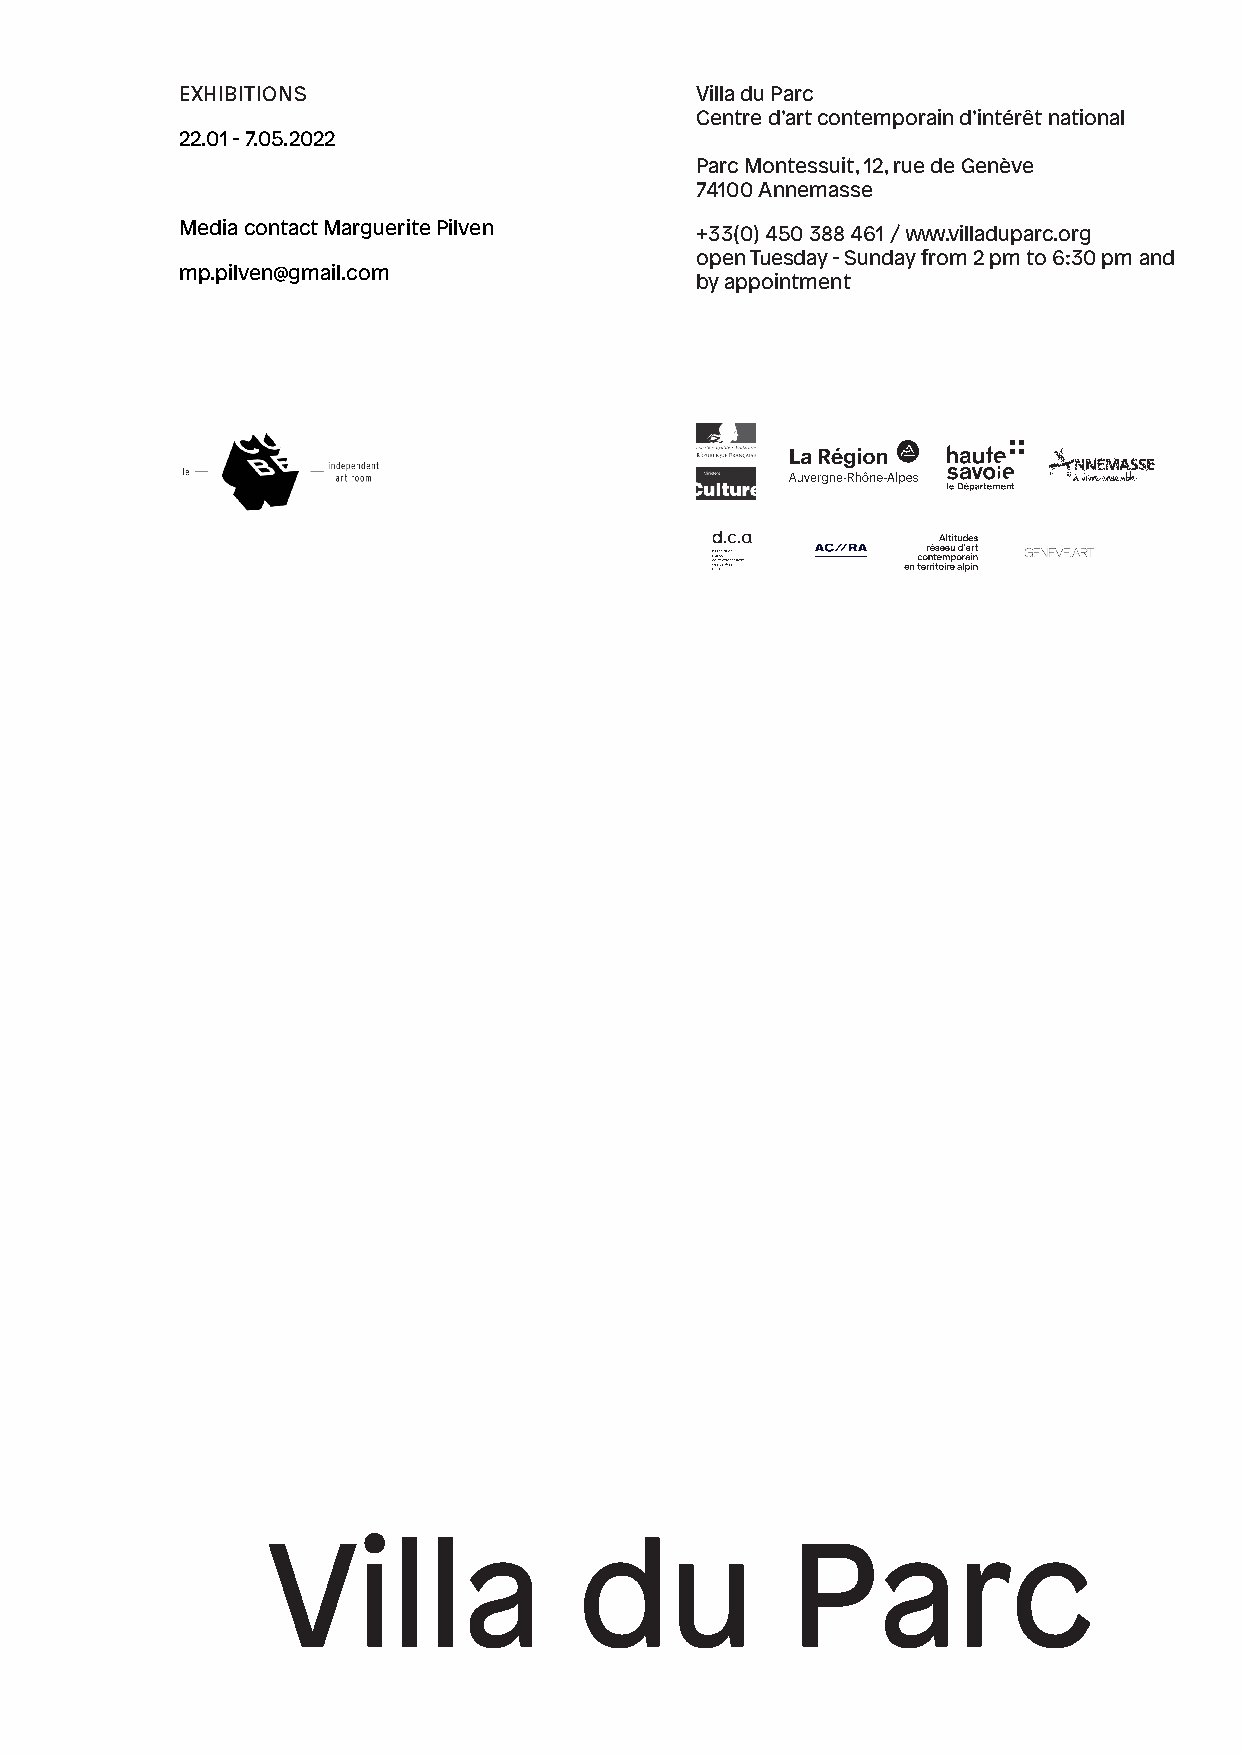
EXHIBITIONS                       Villa du Parc
 Centre d’art contemporain d’intérêt national
 22.01 - 7.05.2022
 Parc Montessuit, 12, rue de Genève
 74100 Annemasse
 Media contact Marguerite Pilven   +33(0) 450 388 461 / www.villaduparc.org
 open Tuesday - Sunday from 2 pm to 6:30 pm and
 mp.pilven@gmail.com
 by appointment
 Villa               du            Parc